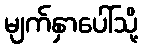
မျက်နှာပေါ်သို့